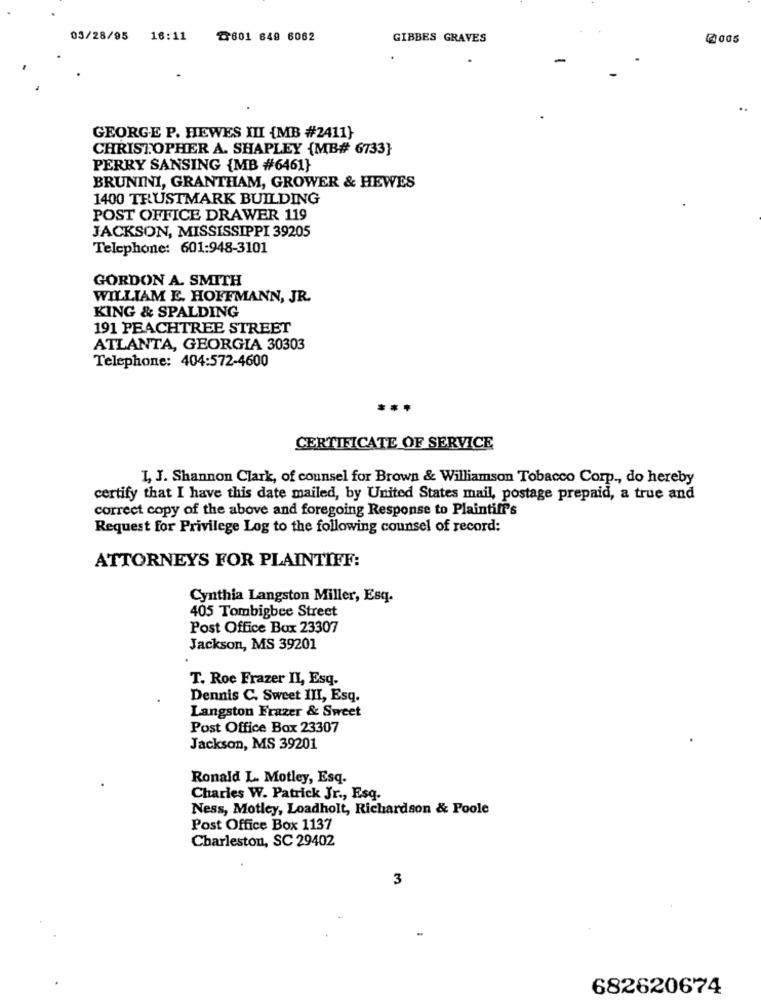
03/28/95 16:11
℃601 649 6062
GIBBES GRAVES
@ 005
GEORGE P. HEWES III {MB #2411)
CHRISTOPHER A. SHAPLEY (MB# 6733}
PERRY SANSING {MB #6461}
BRUNINI, GRANTHAM, GROWER & HEWES
1400 TRUSTMARK BUILDING
POST OFFICE DRAWER 119
JACKSON, MISSISSIPPI 39205
Telephone: 601:948-3101
GORDON A. SMITH
WILLIAM E. HOFFMANN, JR.
KING & SPALDING
191 PEACHTREE STREET
ATLANTA, GEORGIA 30303
Telephone: 404:572-4600
CERTIFICATE OF SERVICE
I, J. Shannon Clark, of counsel for Brown & Williamson Tobacco Corp ., do hereby
certify that I have this date mailed, by United States mail, postage prepaid, a true and
correct copy of the above and foregoing Response to Plaintiff's
Request for Privilege Log to the following counsel of record:
ATTORNEYS FOR PLAINTIFF:
Cynthia Langston Miller, Esq.
405 Tombigbee Street
Post Office Box 23307
Jackson, MS 39201
T. Roe Frazer II, Esq.
Dennis C. Sweet III, Esq.
Langston Frazer & Sweet
Post Office Box 23307
Jackson, MS 39201
Ronald L. Motley, Esq.
Charies W. Patrick Jr ., Esq.
Ness, Motley, Loadholt, Richardson & Poole
Post Office Box 1137
Charleston, SC 29402
3
682620674